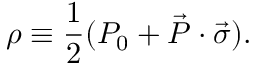
\rho \equiv \frac { 1 } { 2 } ( P _ { 0 } + \vec { P } \cdot \vec { \sigma } ) .